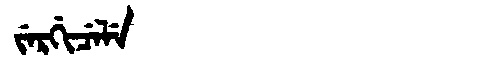
Manchu: ᠵᡝᡵᡤᡳᠴᡝᠯᡝ
Romanization: JERGICELE